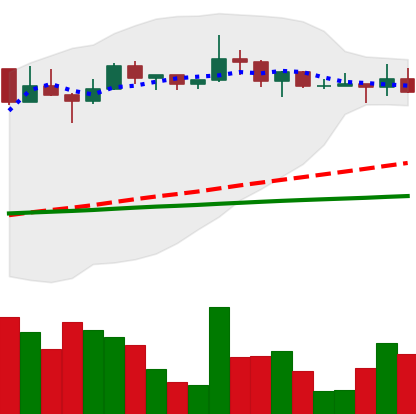
Ticker: LTC-USD
Chart end date: 2022-12-14
Forward return: -16.077%
Label: down_7plus